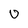
Character: 0